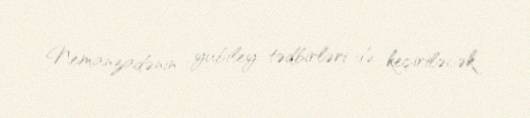
Nemanzadənin yubiley tədbirləri də keçiriləcək.